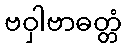
ဗဝှါဗာဓတ္တံ